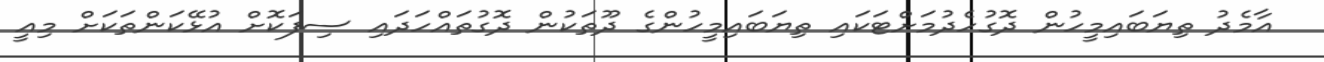
އާމެދު ތިޔަބައިމީހުން ދޮގުހެދުމަށްޓަކައި ތިޔަބައިމީހުންގެ ދޫތަކުން ދޮގުތައްހަދައި ސިފަކޮށް އުޅޭކަންތަކަށް މިއީ